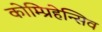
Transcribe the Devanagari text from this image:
कोम्प्रिहेन्सिव